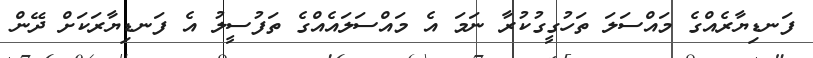
ފަނޑިޔާރެއްގެ މައްސަލަ ތަހުގީގުކުރާ ނަމަ އެ މައްސަލައެއްގެ ތަފުސީލު އެ ފަނޑިޔާރަކަށް ދޭން